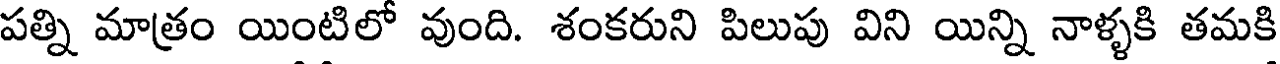
పత్ని మాత్రం యింటిలో వుంది. శంకరుని పిలుపు విని యిన్ని నాళ్ళకి తమకి